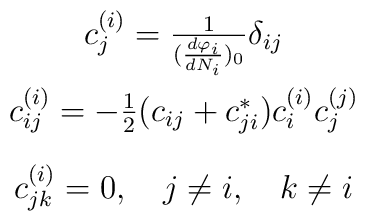
\begin{array}{c}c^{(i)}_{j}=\frac{1}{(\frac{d \varphi_{i}}{d N_{i}})_{0}} \delta_{ij}\\[4mm]c^{(i)}_{ij}= -\frac{1}{2} (c_{ij}+c_{ji}^{*}) c^{(i)}_{i} c^{(j)}_{j}\\[4mm] c^{(i)}_{jk}=0,  \quad j\neq i, \quad k\neq i\end{array}